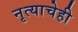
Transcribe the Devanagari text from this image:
नृत्याचेही